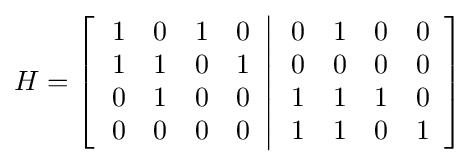
H=\left[\left.{\begin{array}{cccc}1&0&1&0\\1&1&0&1\\0&1&0&0\\0&0&0&0\end{array}}\right\vert {\begin{array}{cccc}0&1&0&0\\0&0&0&0\\1&1&1&0\\1&1&0&1\end{array}}\right]